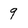
Character: 9